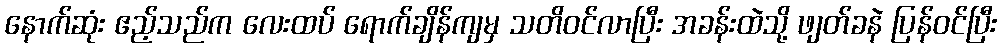
နောက်ဆုံး ဧည့်သည်က လေးထပ် ရောက်ချိန်ကျမှ သတိဝင်လာပြီး အခန်းထဲသို့ ဖျတ်ခနဲ ပြန်ဝင်ပြီး